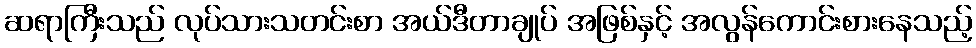
ဆရာကြီးသည် လုပ်သားသတင်းစာ အယ်ဒီတာချုပ် အဖြစ်နှင့် အလွန်ကောင်းစားနေသည့်